Madras plague regulations and rules for the city of Madras
Disease focus: Plague
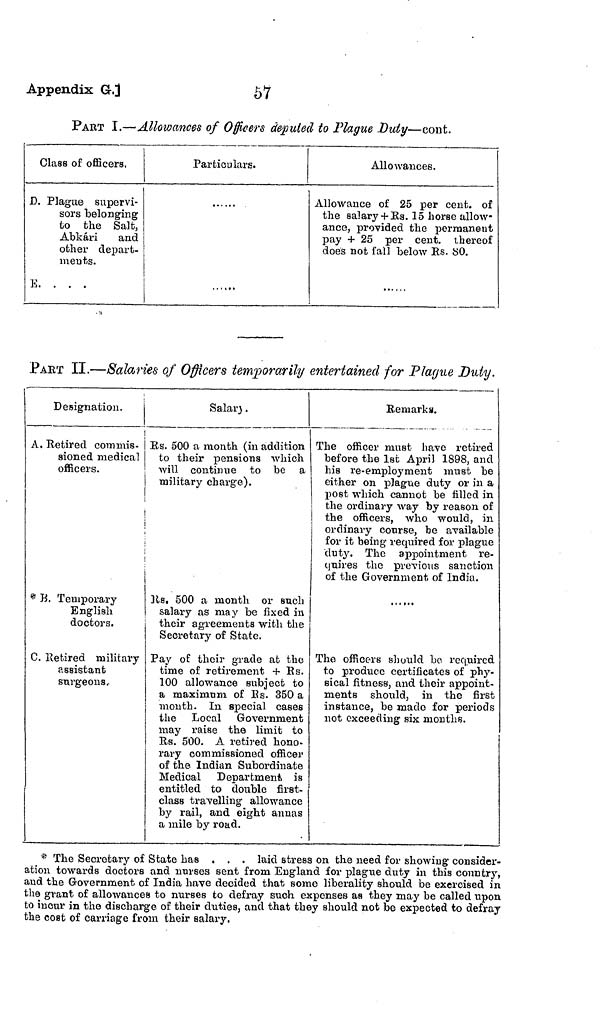
57
Appendix G.J
PART I.—Allowances of Officers deputed to Plague Duty—cont.
Class of officers.
D. Plague supervi-
sors belonging
to the Salt,
Abkári
and
other depart-
ments.
E. . . .
Particulars.
Allowances.
Allowance of 25 per cent, of
the salary + Rs. 15 horse allow-
ance, provided the permanent
pay + 25 per cent, thereof
does not fall below Es. 80.
PART II.—Salaries of Officers temporarily entertained for Plague Duty.
Designation.
A. Retired commis-
sioned medical
officers.
* B. Temporary
English
doctors.
C. Retired military
assistant
surgeons,
Salary.
Rs. 500 a month (in addition
to their pensions which
will continue to be a
military charge).
Rs. 500 a month or such
salary as may be fixed in
their agreements with the
Secretary of State,
Pay of their grade at the
time of retirement + Rs.
100 allowance subject to
a maximum of Rs. 350 a
mouth. In special cases
the Local Government
may raise the limit to
Rs. 500. A retired hono-
rary commissioned officer
of the Indian Subordinate
Medical Department is
entitled to double first-
class travelling allowance
by rail, and eight annas
a mile by road.
Remarks.
The officer must have retired
before the 1st April 1898, and
his re-employment must be
either on plague duty or in a
post which cannot be filled in
the ordinary way by reason of
the officers, who would, in
ordinary course, be available
for it being required for plague
duty. The appointment re-
quires the previous sanction
of the Government of India.
The officers should bo required
to produce certificates of phy-
sical fitness, and their appoint-
ments should, in the first
instance, be made for periods
not exceeding six months.
* The Secretary of State has . . . laid stress on the need for showing consider-
ation towards doctors and nurses sent from England for plague duty in this country,
and the Government of India have decided that some liberality should be exercised in
the grant of allowances to nurses to defray such expenses as they may be called upon
to incur in the discharge of their duties, and that they should not be expected to defray
the cost of carriage from their salary.